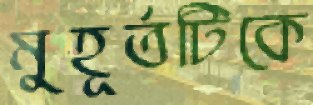
মুহূর্তটিকে